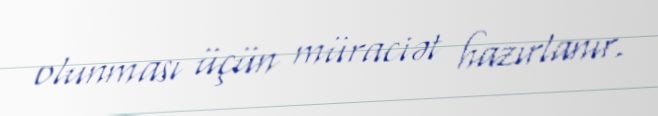
olunması üçün müraciət hazırlanır.